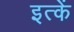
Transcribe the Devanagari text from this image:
इत्कें